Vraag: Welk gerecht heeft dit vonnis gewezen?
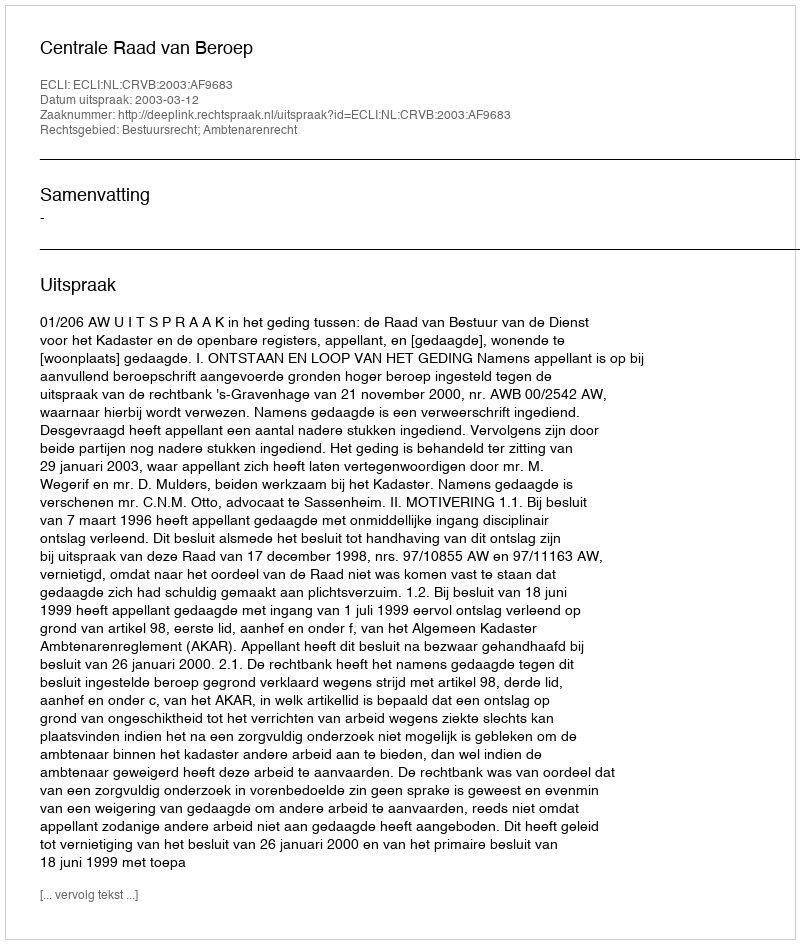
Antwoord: Centrale Raad van Beroep